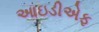
આઇડીએફ